Vaccination in Bombay 1889-1901 - 1889-1901
Year: 1889
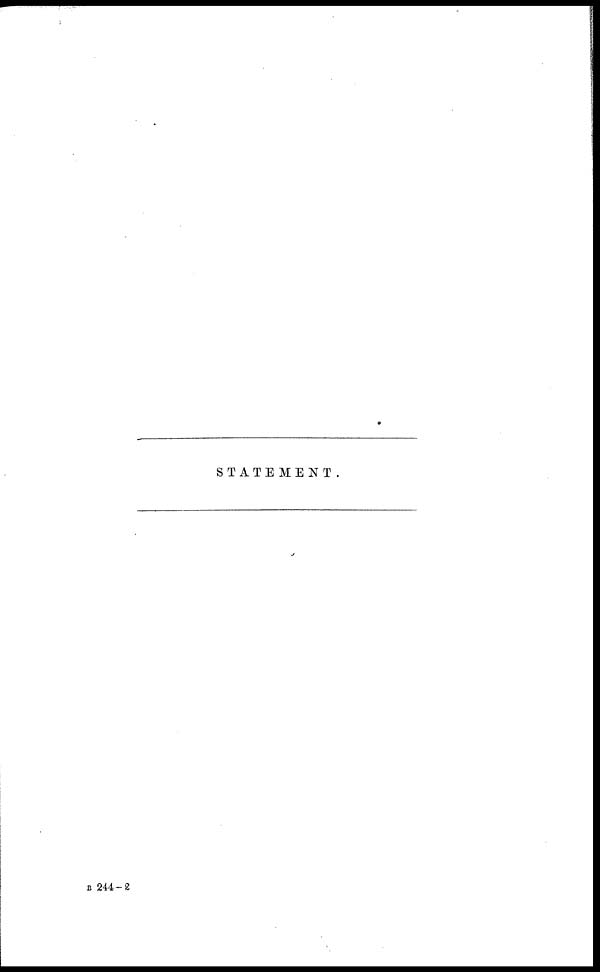
STATEMENT.
B 244—2